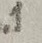
Text: .1